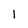
Character: 1